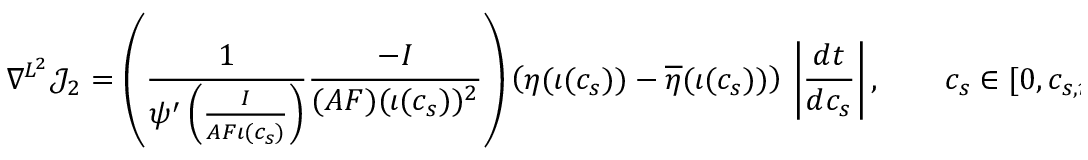
\nabla ^ { L ^ { 2 } } \mathcal { J } _ { 2 } = \left( \frac { 1 } { \psi ^ { \prime } \left( \frac { I } { A F \iota ( c _ { s } ) } \right) } \frac { - I } { ( A F ) ( \iota ( c _ { s } ) ) ^ { 2 } } \right) \left( \eta ( \iota ( c _ { s } ) ) - \overline { { \eta } } ( \iota ( c _ { s } ) ) \right) \, \left| \frac { d t } { d c _ { s } } \right| , \qquad c _ { s } \in [ 0 , c _ { s , m a x } ] .